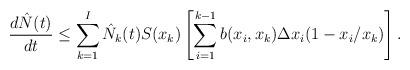
LaTeX: \begin{align*}\frac{d \hat{N}(t)}{dt} \leq \sum_{k=1}^I \hat{N}_k(t) S(x_k) \left[\sum_{i= 1}^{k-1} b(x_i,x_k) \Delta x_i (1-x_i/x_k)\right].\end{align*}